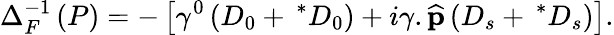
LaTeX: \Delta_{F}^{-1}\left(P\right)=-\left[\gamma^{0}\left(D_{0}+\, ^{\ast}D_{0}\right)+i{\mathbf\gamma}.\widehat{{\mathbf p}}\left(D_{s}+\, ^{\ast}D_{s}\right)\right].